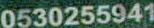
0530255941